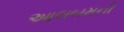
આલબમની